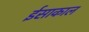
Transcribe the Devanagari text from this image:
ईसाकाल